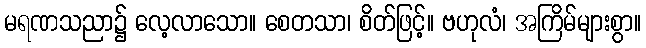
မရဏသညာ၌ လေ့လာသော။ စေတသာ၊ စိတ်ဖြင့်။ ဗဟုလံ၊ အကြိမ်များစွာ။